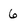
Character: 6